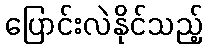
ပြောင်းလဲနိုင်သည့်